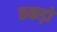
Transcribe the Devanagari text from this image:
छ्कड़ों